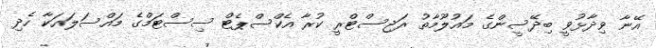
އޭނާ ވިދާޅުވީ ބިދޭސީންގެ މައުލޫމާތު ރަޖިސްޓްރީ ކުރާ އެކްސްޕެޓް ސިސްޓަމްގެ މައްސަލައަކާ ހެދި